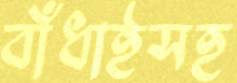
বাঁধাইসহ